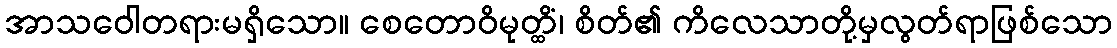
အာသဝေါတရားမရှိသော။ စေတောဝိမုတ္ထိံ၊ စိတ်၏ ကိလေသာတို့မှလွတ်ရာဖြစ်သော